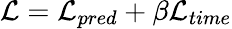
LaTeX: \mathcal{L}=\mathcal{L}_{pred}+\beta\mathcal{L}_{time}